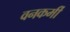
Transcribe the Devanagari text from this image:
वनकर्मी